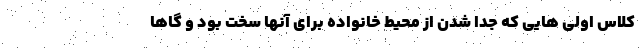
کلاس اولی هایی که جدا شدن از محیط ‌خانواده برای آنها سخت بود و گاها